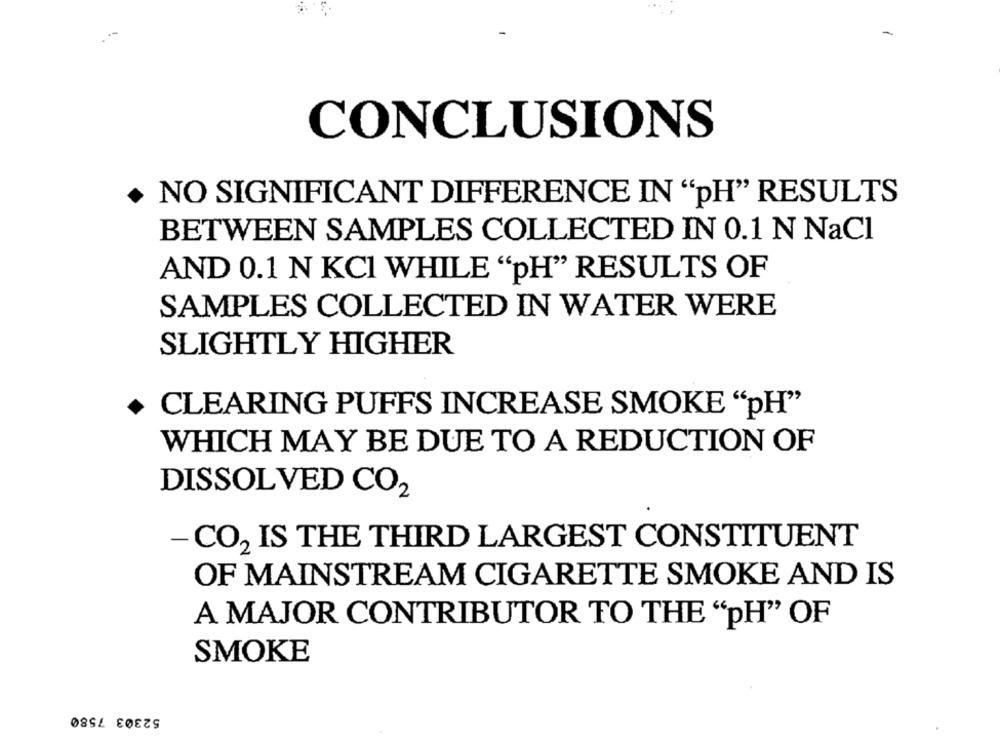
CONCLUSIONS
NO SIGNIFICANT DIFFERENCE IN "pH" RESULTS
BETWEEN SAMPLES COLLECTED IN 0.1 N NaCl
AND 0.1 N KCI WHILE "pH" RESULTS OF
SAMPLES COLLECTED IN WATER WERE
SLIGHTLY HIGHER
CLEARING PUFFS INCREASE SMOKE "pH"
WHICH MAY BE DUE TO A REDUCTION OF
DISSOLVED CO2
-CO2 IS THE THIRD LARGEST CONSTITUENT
OF MAINSTREAM CIGARETTE SMOKE AND IS
A MAJOR CONTRIBUTOR TO THE "pH" OF
SMOKE
52303 7580